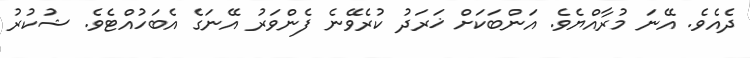
ދެއެވެ. އޭނަ މުރާއްޔެވެ. އަންބަކަށް ޚަރަދު ކުރެވޭނެ ފެންވަރު އޭނަގެ އެބަހުއްޓެވެ. ޝުކުރު